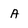
Character: A